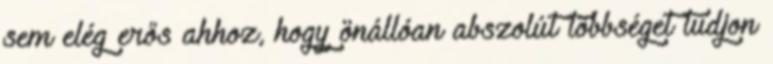
sem elég erős ahhoz, hogy önállóan abszolút többséget tudjon